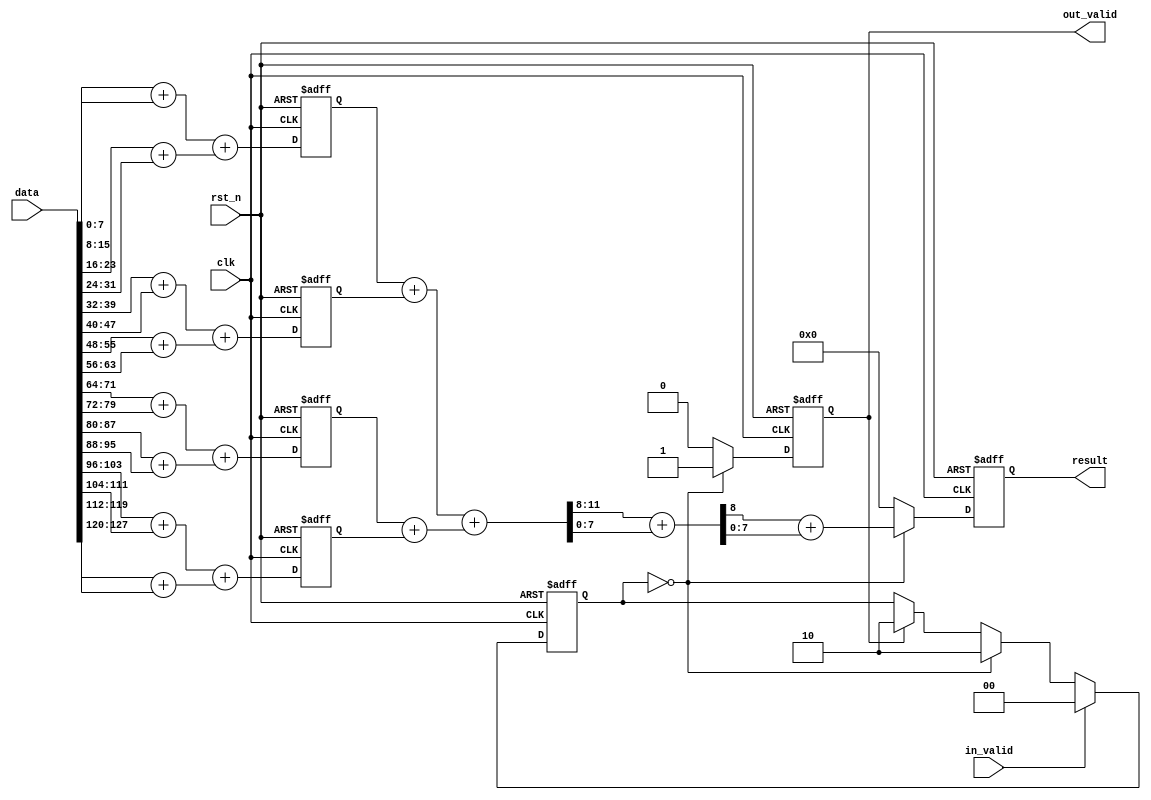
module CS_IP
#(parameter WIDTH_DATA = 128, parameter WIDTH_RESULT =8)
(
    data,
    in_valid,
    clk,
    rst_n,
    result,
    out_valid
);

input [(WIDTH_DATA-1):0] data;
input in_valid, clk, rst_n;

output reg [(WIDTH_RESULT-1):0] result;
output reg out_valid;

//================================================================
// register
//================================================================
reg [1:0] cnt;
//================================================================
// combinational circuit : level 1
//================================================================
wire [WIDTH_RESULT-1:0] ans;
wire [8:0] tmp_final_1;

genvar i, j;
generate
	//case 128,8
	if(WIDTH_DATA == 'd128 && WIDTH_RESULT == 'd8) begin : if_case
		//first layer
		wire [8:0] 	out_0, out_1, out_2, out_3, out_4, out_5, out_6, out_7;
		wire [9:0]	out_8, out_9, out_10, out_11;
		
		assign		out_0 = data[7:0] 		+ data[15:8];
		assign		out_1 = data[23:16] 	+ data[31:24];
		assign		out_2 = data[39:32] 	+ data[47:40];
		assign		out_3 = data[55:48] 	+ data[63:56];
		assign		out_4 = data[71:64] 	+ data[79:72];
		assign		out_5 = data[87:80] 	+ data[95:88];
		assign		out_6 = data[103:96] 	+ data[111:104];
		assign		out_7 = data[119:112]	+ data[127:120];
		
		assign		out_8  = out_0 + out_1;
		assign		out_9  = out_2 + out_3;
		assign		out_10 = out_4 + out_5;
		assign		out_11 = out_6 + out_7;
		
		reg [9:0] 	l1_out_0, l1_out_1, l1_out_2, l1_out_3;
		always@(posedge clk or negedge rst_n) begin //ff
			if(!rst_n) begin
				l1_out_0 <= 0;
				l1_out_1 <= 0;
				l1_out_2 <= 0;
				l1_out_3 <= 0;
			end
			else begin
				l1_out_0 <= out_8;
				l1_out_1 <= out_9;
				l1_out_2 <= out_10;
				l1_out_3 <= out_11;
			end
		end
		
		//second layer
		wire[10:0] out2_0, out2_1;
		wire[11:0] out2_2;
		assign out2_0 = l1_out_0 + l1_out_1;
		assign out2_1 = l1_out_2 + l1_out_3;
		assign out2_2 = out2_0 + out2_1;
		wire[8:0] tmp_ans;
		assign tmp_ans = out2_2[11:8] + out2_2[7:0];
		assign ans = tmp_ans[8] + tmp_ans[7:0];
		
	end
	
/*  	if(WIDTH_DATA == 'd128 && WIDTH_RESULT == 'd8) begin :if_case
		for(i = WIDTH_RESULT; i <= WIDTH_DATA; i = i<<1) begin : loop_turn
			for(j = 0; j < (WIDTH_DATA / i )>>1; j = j + 1) begin : loop_datacnt
				wire [(WIDTH_RESULT+ $clog2(i) -4):0]tmp_1; 	
				wire [(WIDTH_RESULT+ $clog2(i) -4):0]tmp_2; 	
				wire [(WIDTH_RESULT+ $clog2(i) -3):0]tmp_ans;  
				//wire [WIDTH_RESULT-1:0]tmp_result;
				
 				if(i == WIDTH_RESULT)begin //the first turn
					assign tmp_1 	= data[WIDTH_RESULT * (j<<1) + WIDTH_RESULT - 1 : WIDTH_RESULT * (j<<1)];
					assign tmp_2 	= data[WIDTH_RESULT * ((j+1)<<1) - 1 :  WIDTH_RESULT * (j<<1) + WIDTH_RESULT];
					assign tmp_ans  = tmp_1 + tmp_2;
					//assign tmp_result = tmp_ans[WIDTH_RESULT] + tmp_ans[WIDTH_RESULT-1 : 0];
				end
 				else if (i == WIDTH_DATA>>1) begin //last turn
					assign tmp_1 	= if_case.loop_turn[i/2].loop_datacnt[0].tmp_ans;
					assign tmp_2 	= if_case.loop_turn[i/2].loop_datacnt[1].tmp_ans;
					assign tmp_ans  = tmp_1 + tmp_2;
					//assign ans 		= tmp_ans[WIDTH_RESULT] + tmp_ans[WIDTH_RESULT-1 : 0];
					assign tmp_final_1 = tmp_ans[11:8] + tmp_ans[7:0];
					assign ans = tmp_final_1[8] + tmp_final_1[7:0];
				end
 				else begin
					assign tmp_1 	= if_case.loop_turn[i/2].loop_datacnt[j*2].tmp_ans;
					assign tmp_2 	= if_case.loop_turn[i/2].loop_datacnt[j*2 + 1].tmp_ans;
					assign tmp_ans  = tmp_1 + tmp_2;
					//assign tmp_result = tmp_ans[WIDTH_RESULT] + tmp_ans[WIDTH_RESULT-1 : 0];
				end
 			end
		end 
	
	end
 */	else if(WIDTH_DATA == WIDTH_RESULT) begin : full_case // case 256,256 / 128,128
		assign ans 		= data[WIDTH_DATA-1 : 0];
	end
	else if (WIDTH_DATA == WIDTH_RESULT << 1) begin : twice_case
		wire [WIDTH_RESULT-1:0]tmp_1; 	
		wire [WIDTH_RESULT-1:0]tmp_2; 	
		wire [WIDTH_RESULT	:0]tmp_ans;  
	
		assign tmp_1 	= data[WIDTH_DATA-1 : WIDTH_RESULT];
		assign tmp_2 	= data[WIDTH_RESULT-1 : 0];
		assign tmp_ans 	= tmp_1 + tmp_2;
		assign ans 		= tmp_ans[WIDTH_RESULT] + tmp_ans[WIDTH_RESULT-1 : 0];
	
	end
	else begin : else_case
 		for(i = WIDTH_RESULT; i <= WIDTH_DATA; i = i<<1) begin : loop_turn
			for(j = 0; j < (WIDTH_DATA / i )/2; j = j + 1) begin : loop_datacnt
				
				wire [WIDTH_RESULT-1:0]tmp_1; 	
				wire [WIDTH_RESULT-1:0]tmp_2; 	
				wire [WIDTH_RESULT	:0]tmp_ans;  
				wire [WIDTH_RESULT-1:0]tmp_result;
				
				 if(i == WIDTH_RESULT)begin //the first turn
 					assign tmp_1 	= data[WIDTH_RESULT * (j*2) + WIDTH_RESULT - 1 : WIDTH_RESULT * (j*2)];
					assign tmp_2 	= data[WIDTH_RESULT * ((j+1)*2) - 1 :  WIDTH_RESULT * (j*2) + WIDTH_RESULT];				
					assign tmp_ans  = tmp_1 + tmp_2;
					assign tmp_result = tmp_ans[WIDTH_RESULT] + tmp_ans[WIDTH_RESULT-1 : 0];
				end
				else if (i == WIDTH_DATA/2) begin
					assign tmp_1 	= else_case.loop_turn[i/2].loop_datacnt[j*2].tmp_result;
					assign tmp_2 	= else_case.loop_turn[i/2].loop_datacnt[j*2 + 1].tmp_result;
					assign tmp_ans  = tmp_1 + tmp_2;
					assign ans 		= tmp_ans[WIDTH_RESULT] + tmp_ans[WIDTH_RESULT-1 : 0];
				end
				else begin
					assign tmp_1 	= else_case.loop_turn[i/2].loop_datacnt[j*2].tmp_result;
					assign tmp_2 	= else_case.loop_turn[i/2].loop_datacnt[j*2 + 1].tmp_result;
					assign tmp_ans  = tmp_1 + tmp_2;
					assign tmp_result = tmp_ans[WIDTH_RESULT] + tmp_ans[WIDTH_RESULT-1 : 0];
				end
			end
			
		end
	end
endgenerate





reg [WIDTH_RESULT-1:0]save_ans;
 always@(negedge rst_n or posedge clk) begin
	if(!rst_n)	save_ans <= 0;
	else begin
 			if(in_valid) save_ans <= ans;
			else save_ans <= save_ans;
 		
		
	end
end


always@(negedge rst_n or posedge clk) begin
	if(!rst_n)	begin
		out_valid <= 0; 
		result <= 0;
	end
	else begin
		if(WIDTH_DATA == 'd128 && WIDTH_RESULT == 'd8) begin
			if(cnt == 0) begin
				out_valid <= 1;
				result <= ans;
			end
			else begin
				out_valid <= 0; 
				result <= 0;
			end
		end
		else begin
			if(!in_valid && cnt == 0) begin
				out_valid <= 1;
				result <= save_ans;
			end
			else begin
				out_valid <= 0; 
				result <= 0;
			end
		end
	end
end

always@(negedge rst_n or posedge clk) begin
	if(!rst_n)	begin
		cnt <= 3;
	end
	else begin
		if(in_valid) cnt <= 0;
		else if(cnt == 0) begin
			if (WIDTH_DATA == 'd128 && WIDTH_RESULT == 'd8) begin
				cnt <= 2;
			end
			else begin
				cnt <= 1;
			end
		end
		else if(out_valid) cnt <= 2;
		else cnt <= cnt;
	end
end

 endmodule